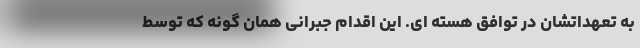
به تعهداتشان در توافق هسته ای. این اقدام جبرانی همان گونه که توسط